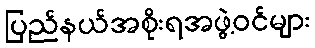
ပြည်နယ်အစိုးရအဖွဲ့ဝင်များ